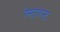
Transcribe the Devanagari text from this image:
रेस्टारन्ट